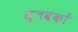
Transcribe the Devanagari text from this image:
स्तवकों